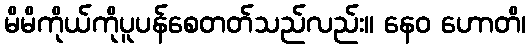
မိမိကိုယ်ကိုပူပန်စေတတ်သည်လည်း။ နေဝ ဟောတိ၊